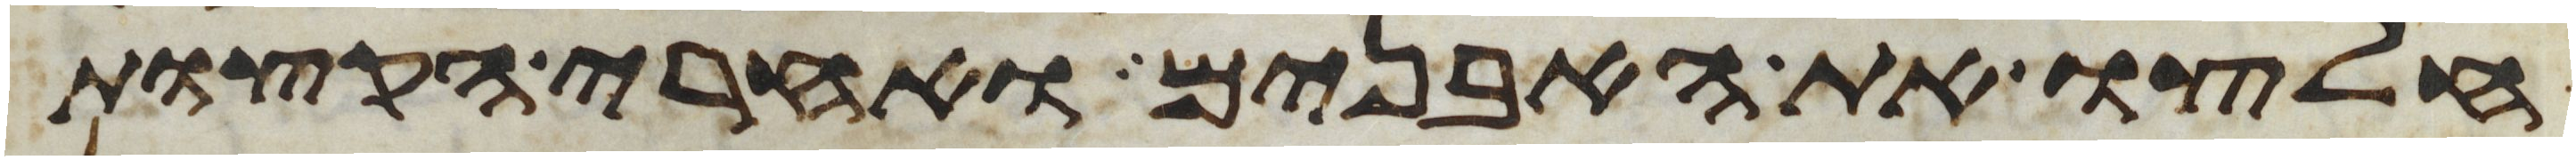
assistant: חלצו את האבנים ואחרי הקצות